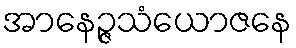
အာနေဉ္ဇသံယောဇနေ